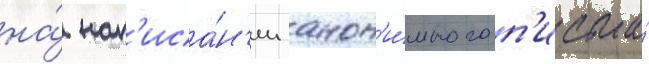
на́ нап'иса́н'ии анон'и́много п'исьма́